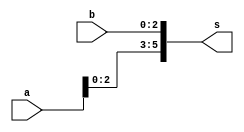
module concatenacao(input [3: 0] a, input [2:0] b, output [5:0] s);
	assign s = {a,b};
endmodule